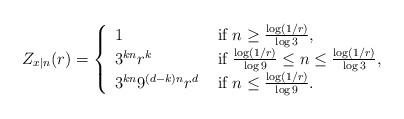
LaTeX: \begin{align*}Z_{x|n}(r)=\left\{\begin{array}{ll}1 &\mbox{ if }n\geq \frac{\log(1/r)}{\log 3},\\3^{kn} r^k &\mbox{ if } \frac{\log (1/r)}{\log 9}\leq n\leq \frac{\log(1/r)}{\log 3},\\3^{kn}9^{(d-k)n}r^d &\mbox{ if } n\leq \frac{\log (1/r)}{\log 9}.\end{array}\right.\end{align*}